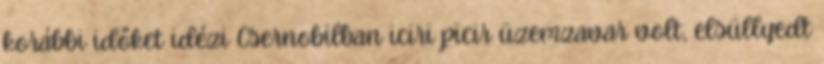
korábbi időket idézi Csernobilban iciri picir üzemzavar volt, elsüllyedt